Annual report of the Bengal Veterinary College and of the Civil Veterinary Department, Bengal, for the year 1914-1915 - 1914-1915
Year: 1914
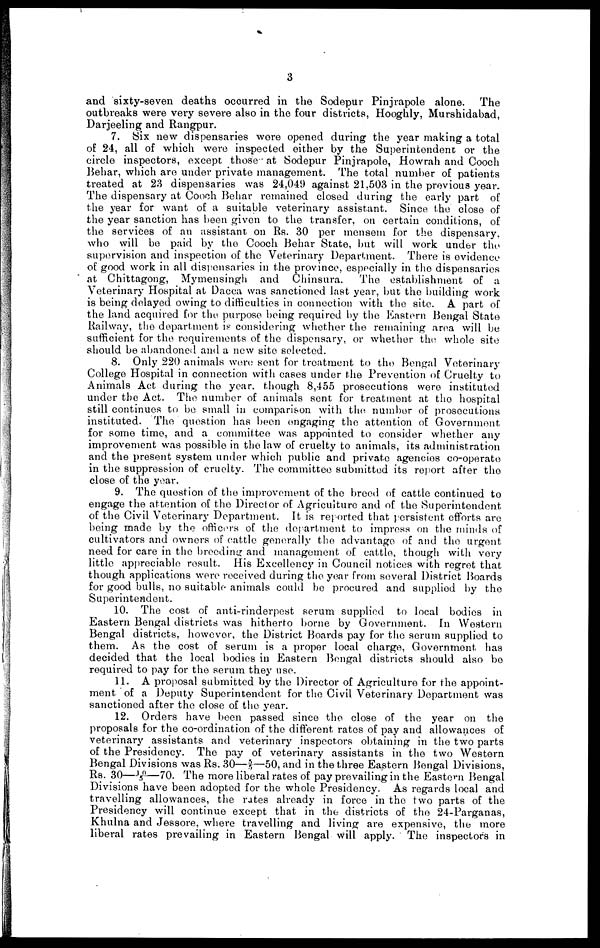
3
and sixty-seven deaths occurred in the Sodepur Pinjrapole alone.
The
outbreaks were very severe also in the four districts, Hooghly, Murshidabad,
Darjeeling and Rangpur.
7. Six new dispensaries wore opened during the year making a total
of 24, all of which were inspected either by the Superintendent or the
circle inspectors, except those at Sodepur Pinjrapole, Howrah and Cooch
Behar, which are under private management. The total number of patients
treated at 23 dispensaries was 24,049 against 21.503 in the previous year.
The dispensary at Cooch Behar remained closed during the early part of
the year for want of a suitable veterinary assistant. Since the close of
the year sanction has been given to the transfer, on certain conditions, of
the services of an assistant on Rs. 30 per mensem for the dispensary,
who will be paid by the Cooch Behar State, but will work under the
supervision and inspection of the Veterinary Department. There is evidence
of good work in all dispensaries in the province, especially in the dispensaries
at Chittagong, Mymensingh and Chinsura.
The establishment of a
Veterinary Hospital at Dacca was sanctioned last year, but the building work
is being delayed owing to difficulties in connection with the site. A part of
the land acquired for the purpose being required by the Eastern Bengal State
Railway, the department is considering whether the remaining area will be
sufficient for the requirements of the dispensary, or whether the whole site
should be abandoned and a new site selected.
8. Only 220 animals were sent for treatment to the Bengal Veterinary
College Hospital in connection with cases under the Prevention of Cruelty to
Animals Act during the year, though 8,455 prosecutions were instituted
under the Act. The number of animals sent for treatment at the hospital
still continues to be small in comparison with the number of prosecutions
instituted. The question has been engaging the attention of Government
for some time, and a committee was appointed to consider whether any
improvement was possible in the law of cruelty to animals, its administration
and the present system under which public and private agencies co-operate
in the suppression of cruelty. The committee submitted its report after the
close of the year.
9. The question of the improvement of the breed of cattle continued to
engage the attention of the Director of Agriculture and of the Superintendent
of the Civil Veterinary Department. It is reported that persistent efforts are
being made by the officers of the department to impress on the minds of
cultivators and owners of cattle generally the advantage of and the urgent
need for care in the breeding and management of cattle, though with very
little appreciable result. His Excellency in Council notices with regret that
though applications were received during the year from several District Boards
for good bulls, no suitable animals could be procured and supplied by the
Superintendent.
10. The cost of anti-rinderpest serum supplied to local bodies in
Eastern Bengal districts was hitherto borne by Government. In Western
Bengal districts, however, the District Boards pay for the serum supplied to
them. As the cost of serum is a proper local charge, Government has
decided that the local bodies in Eastern Bengal districts should also be
required to pay for the serum they use.
11. A proposal submitted by the Director of Agriculture for the appoint-
ment of a Deputy Superintendent for the Civil Veterinary Department was
sanctioned after the close of the year.
12. Orders have been passed since the close of the year on the
proposals for the co-ordination of the different rates of pay and allowances of
veterinary assistants and veterinary inspectors obtaining in the two parts
of the Presidency. The pay of veterinary assistants in the two Western
Bengal Divisions was Rs. 30—5/5—50, and in the three Eastern Bengal Divisions,
Rs. 30—10/5—70. The more liberal rates of pay prevailing in the Eastern Bengal
Divisions have been adopted for the whole Presidency. As regards local and
travelling allowances, the rates already in force in the two parts of the
Presidency will continue except that in the districts of the 24-Parganas,
Khulna and Jessore, where travelling and living are expensive, the more
liberal rates prevailing in Eastern Bengal will apply. The inspectors in